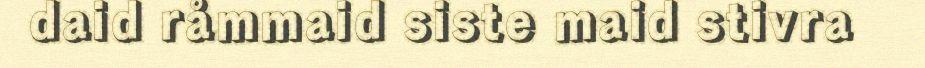
daid råmmaid siste maid stivra